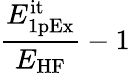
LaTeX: \frac{E_{\mathrm{1pEx}}^{\mathrm{it}}}{E_{\mathrm{HF}}}-1